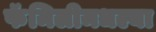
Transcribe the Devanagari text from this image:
फॅमिलीमधल्या